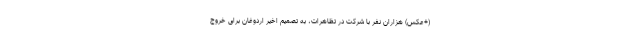
(+عکس) هزاران نفر با شرکت در تظاهرات، به تصمیم اخیر اردوغان برای خروج